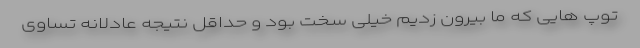
توپ هایی که ما بیرون زدیم خیلی سخت بود و حداقل نتیجه عادلانه تساوی